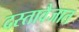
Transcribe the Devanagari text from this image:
दस्तावैजात